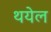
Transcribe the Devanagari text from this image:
थयेल